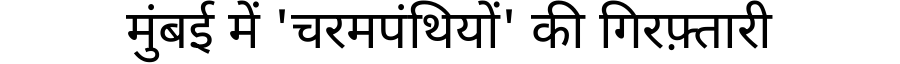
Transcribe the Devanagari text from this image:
मुंबई में 'चरमपंथियों' की गिरफ़्तारी